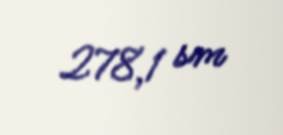
278,1 sm